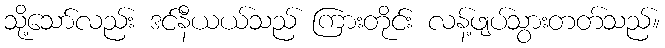
သို့သော်လည်း ဒင်နီယယ်သည် ကြားတိုင်း လန့်ဖျပ်သွားတတ်သည်။